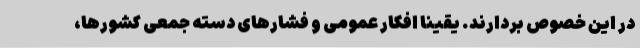
در این خصوص بردارند. یقیناً افکار عمومی و فشارهای دسته جمعی کشورها،